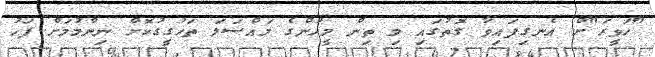
"ހަވީރަ"ށް އެނގިފައިވާ ގޮތުގައި މި ތިން މީހުންގެ މައްސަލަ ތަހުގީގުކޮށް ނިންމުމަށް ފަހު